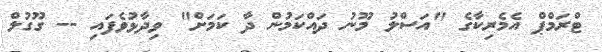
ޓްރަމްޕް އެމެރިކާގެ "އަސްލު މޫނު ދައްކަމުން ދާ ކަމަށް" ވިދާޅުވެފައި -- ގޫގުލް